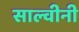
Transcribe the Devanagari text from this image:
साल्वीनी